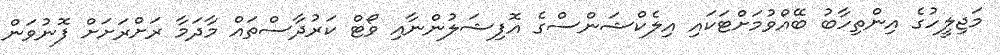
މަޖިލީހުގެ އިންތިހާބު ބޭއްވުމަށްޓަކައި އިލެކްޝަންސްގެ އޮފިޝަލުންނާއި ވޯޓް ކަރުދާސްތައް މާދަމާ ރަށްރަށަށް ފޮނުވަން